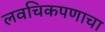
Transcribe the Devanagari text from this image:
लवचिकपणाचा